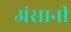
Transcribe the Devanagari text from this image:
अंसानी